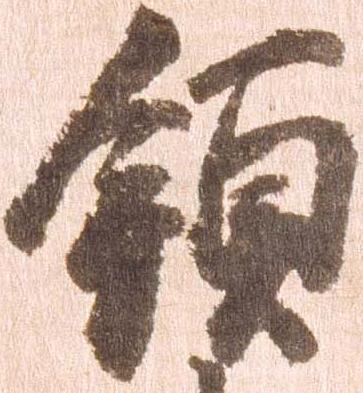
領